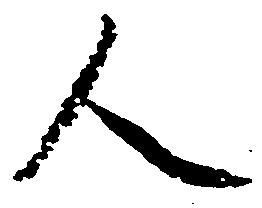
人